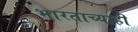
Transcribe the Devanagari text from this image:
भारताच्याही